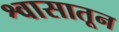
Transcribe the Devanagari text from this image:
श्वासातून